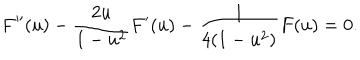
LaTeX: F ^ { \prime \prime } ( u ) - \frac { 2 u } { 1 - u ^ { 2 } } F ^ { \prime } ( u ) - \frac { 1 } { 4 ( 1 - u ^ { 2 } ) } F ( u ) = 0 .